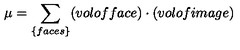
\mu = \sum _ { \{ f a c e s \} } ( v o l o f f a c e ) \cdot ( v o l o f i m a g e )